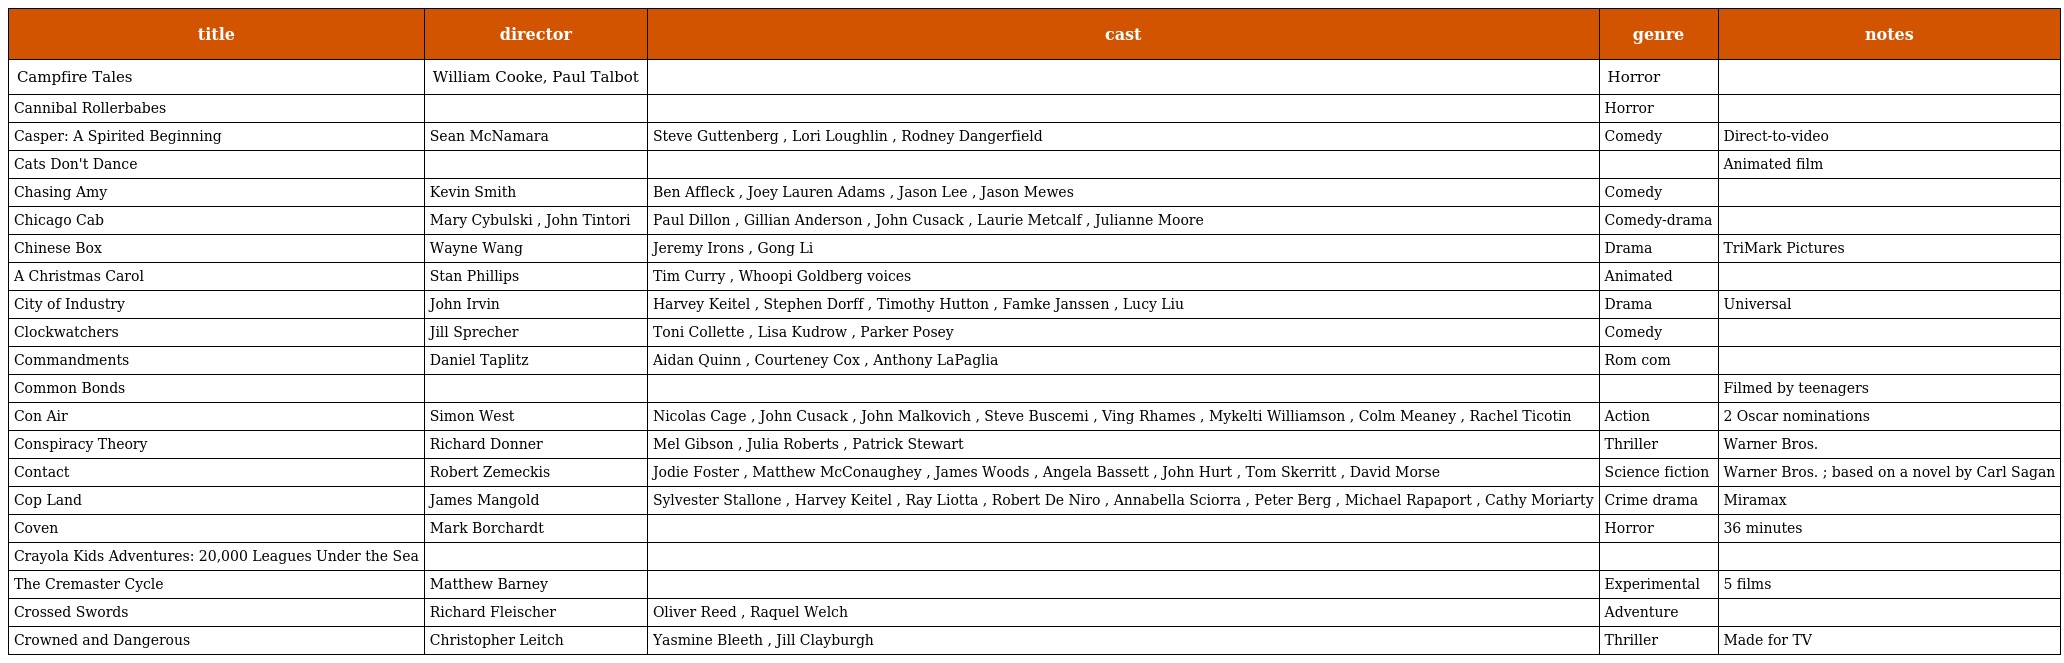
| title | director | cast | genre | notes |
 | --- | --- | --- | --- | --- |
 | Campfire Tales | William Cooke, Paul Talbot |  | Horror |  |
 | Cannibal Rollerbabes |  |  | Horror |  |
 | Casper: A Spirited Beginning | Sean McNamara | Steve Guttenberg , Lori Loughlin , Rodney Dangerfield | Comedy | Direct-to-video |
 | Cats Don't Dance |  |  |  | Animated film |
 | Chasing Amy | Kevin Smith | Ben Affleck , Joey Lauren Adams , Jason Lee , Jason Mewes | Comedy |  |
 | Chicago Cab | Mary Cybulski , John Tintori | Paul Dillon , Gillian Anderson , John Cusack , Laurie Metcalf , Julianne Moore | Comedy-drama |  |
 | Chinese Box | Wayne Wang | Jeremy Irons , Gong Li | Drama | TriMark Pictures |
 | A Christmas Carol | Stan Phillips | Tim Curry , Whoopi Goldberg voices | Animated |  |
 | City of Industry | John Irvin | Harvey Keitel , Stephen Dorff , Timothy Hutton , Famke Janssen , Lucy Liu | Drama | Universal |
 | Clockwatchers | Jill Sprecher | Toni Collette , Lisa Kudrow , Parker Posey | Comedy |  |
 | Commandments | Daniel Taplitz | Aidan Quinn , Courteney Cox , Anthony LaPaglia | Rom com |  |
 | Common Bonds |  |  |  | Filmed by teenagers |
 | Con Air | Simon West | Nicolas Cage , John Cusack , John Malkovich , Steve Buscemi , Ving Rhames , Mykelti Williamson , Colm Meaney , Rachel Ticotin | Action | 2 Oscar nominations |
 | Conspiracy Theory | Richard Donner | Mel Gibson , Julia Roberts , Patrick Stewart | Thriller | Warner Bros. |
 | Contact | Robert Zemeckis | Jodie Foster , Matthew McConaughey , James Woods , Angela Bassett , John Hurt , Tom Skerritt , David Morse | Science fiction | Warner Bros. ; based on a novel by Carl Sagan |
 | Cop Land | James Mangold | Sylvester Stallone , Harvey Keitel , Ray Liotta , Robert De Niro , Annabella Sciorra , Peter Berg , Michael Rapaport , Cathy Moriarty | Crime drama | Miramax |
 | Coven | Mark Borchardt |  | Horror | 36 minutes |
 | Crayola Kids Adventures: 20,000 Leagues Under the Sea |  |  |  |  |
 | The Cremaster Cycle | Matthew Barney |  | Experimental | 5 films |
 | Crossed Swords | Richard Fleischer | Oliver Reed , Raquel Welch | Adventure |  |
 | Crowned and Dangerous | Christopher Leitch | Yasmine Bleeth , Jill Clayburgh | Thriller | Made for TV |